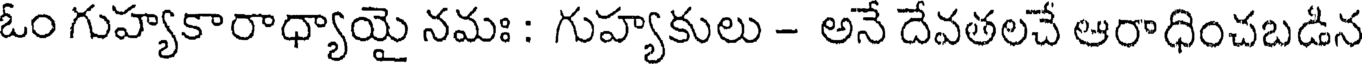
ఓం గుహ్యకారాధ్యాయై నమః : గుహ్యకులు - అనే దేవతలచే ఆరాధించబడిన